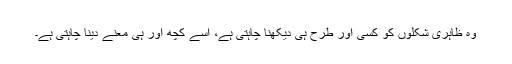
وہ ظاہری شکلوں کو کسی اور طرح ہی دیکھنا چاہتی ہے، اسے کچھ اور ہی معنے دینا چاہتی ہے۔